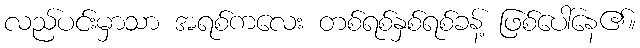
လည်ပင်းမှာသာ အရစ်ကလေး တစ်ရစ်နှစ်ရစ်ခန့် ဖြစ်ပေါ်နေ၏။